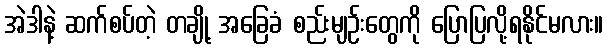
အဲဒါနဲ့ ဆက်စပ်တဲ့ တချို့ အခြေခံ စည်းမျဉ်းတွေကို ပြောပြလို့ရနိုင်မလား။